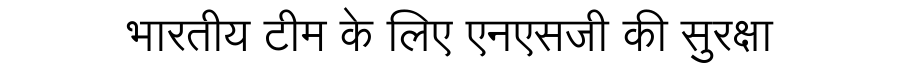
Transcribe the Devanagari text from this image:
भारतीय टीम के लिए एनएसजी की सुरक्षा